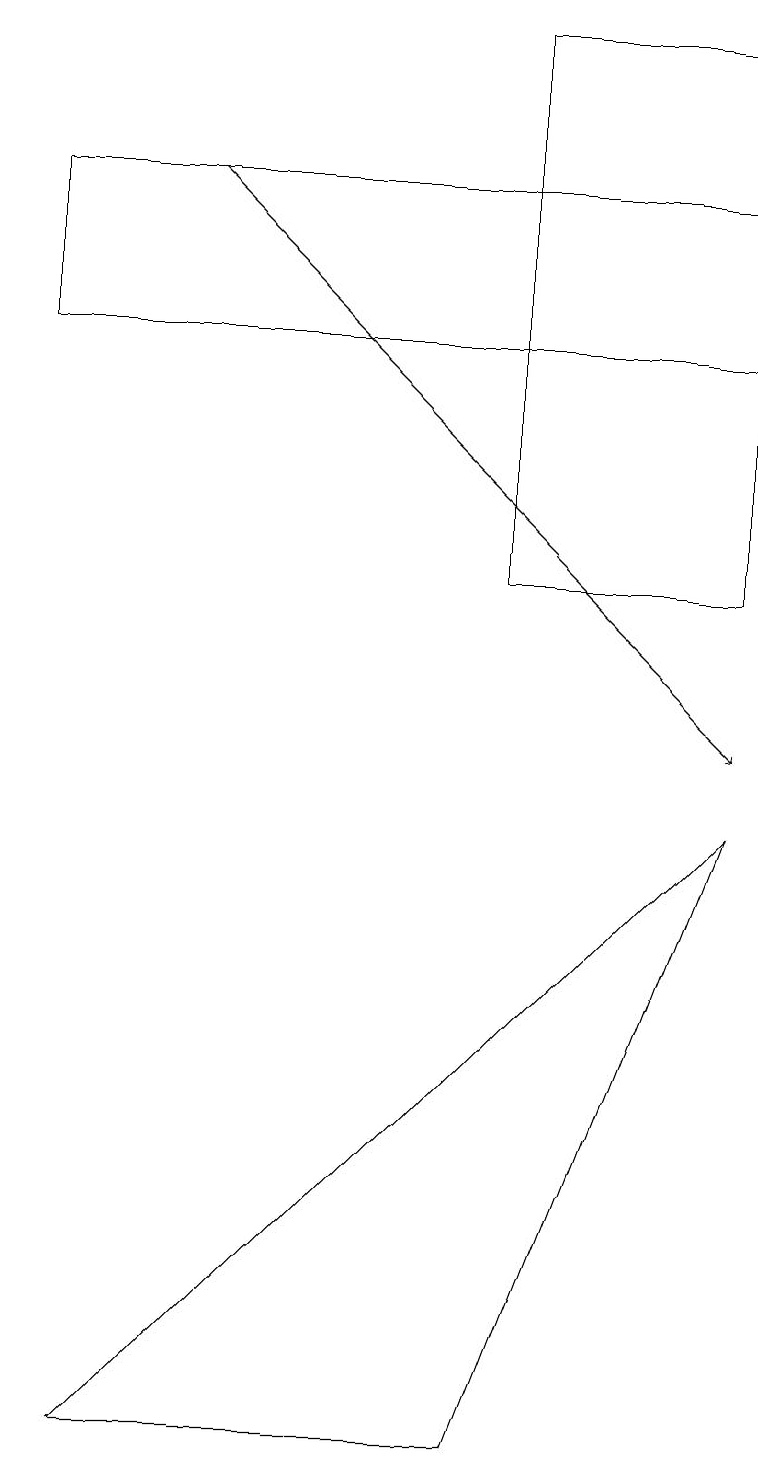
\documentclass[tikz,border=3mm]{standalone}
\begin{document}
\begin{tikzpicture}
\draw (9,17) rectangle (0,15);
\draw (9,19) rectangle (6,12);
\draw[->] (2,17) -- (9,10);
\draw (1,1) -- (6,1) -- (9,9) -- cycle;
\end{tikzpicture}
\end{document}